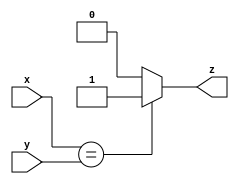
module top_module ( input x, input y, output z );
    
    always @ (x or y)begin
        if (x==y) z = 1'b1;
        else z = 1'b0;
    end
    
endmodule